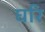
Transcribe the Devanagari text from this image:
घरि